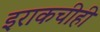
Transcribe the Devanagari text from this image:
इराकचीही